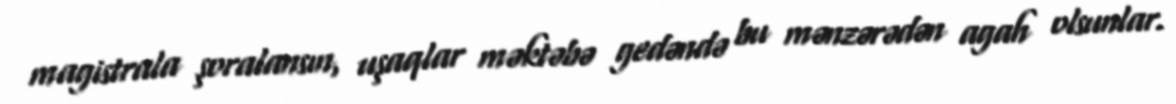
magistrala şoralansın, uşaqlar məktəbə gedəndə bu mənzərədən agah olsunlar.